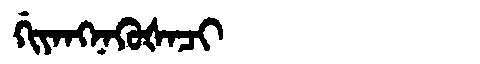
Manchu: ᡤᡳᠶᠠᠩᠨᠠᡴᡠᡧᠠᠴᡳ
Romanization: GIYANGNAKUŠACI